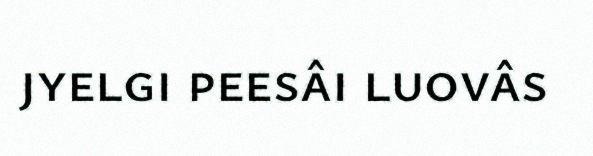
jyelgi peesâi luovâs